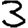
Digit: 3